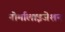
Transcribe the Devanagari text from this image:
नोर्मालाइजेशन